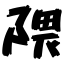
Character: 隈